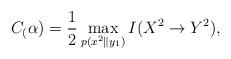
LaTeX: \begin{align*}C_(\alpha)=\frac{1}{2}\max_{p(x^2\|y_1)}I(X^2\to Y^2),\end{align*}